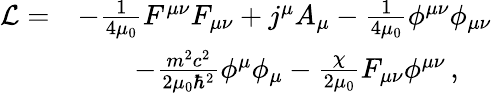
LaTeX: \begin{array}{rl}{\mathcal L=}&{-\frac{1}{4\mu_{0}}F^{\mu\nu}F_{\mu\nu}+j^{\mu}A_{\mu}-\frac{1}{4\mu_{0}}\phi^{\mu\nu}\phi_{\mu\nu}}\\ &{\qquad-\frac{m^{2}c^{2}}{2\mu_{0}\hbar^{2}}\phi^{\mu}\phi_{\mu}-\frac{\chi}{2\mu_{0}}F_{\mu\nu}\phi^{\mu\nu}\, ,}\end{array}